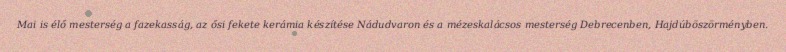
Mai is élő mesterség a fazekasság, az ősi fekete kerámia készítése Nádudvaron és a mézeskalácsos mesterség Debrecenben, Hajdúböszörményben.